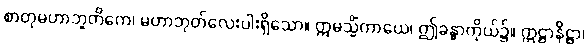
စာတုမဟာဘူတိကေ၊ မဟာဘုတ်လေးပါးရှိသော။ ဣမသ္မိံကာယေ၊ ဤခန္ဓာကိုယ်၌။ ဣဋ္ဌာနိဋ္ဌာ၊